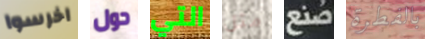
اخرسوا حول التي مثل صنع بالفطرة